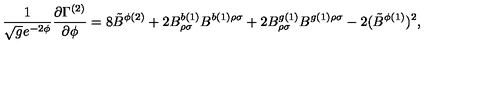
\frac { 1 } { \sqrt { g } e ^ { - 2 \phi } } \frac { \partial \Gamma ^ { ( 2 ) } } { \partial \phi } = 8 { \tilde { B } } ^ { \phi ( 2 ) } + 2 B _ { \rho \sigma } ^ { b ( 1 ) } B ^ { b ( 1 ) \rho \sigma } + 2 B _ { \rho \sigma } ^ { g ( 1 ) } B ^ { g ( 1 ) \rho \sigma } - 2 ( { \tilde { B } } ^ { \phi ( 1 ) } ) ^ { 2 } ,